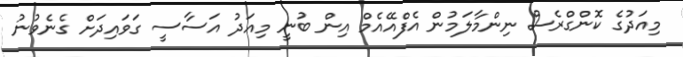
މިއަދުގެ ކޮންގްރެސް ނިންމާލަމުން އެފްއޭއެމް އިން ބުނީ މިއަދު އަސާސީ ގަވައިދަށް ގެނެވުނު